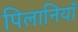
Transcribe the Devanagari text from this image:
पिलानियाँ